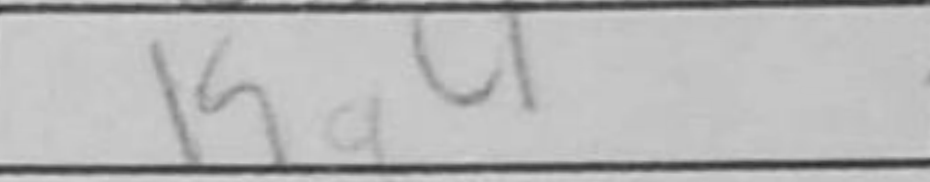
Transcription: Ka4